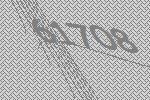
61708